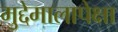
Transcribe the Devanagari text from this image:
मुद्देमालापेक्षा